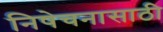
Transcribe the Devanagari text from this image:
निषेचनासाठी